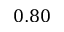
0 . 8 0